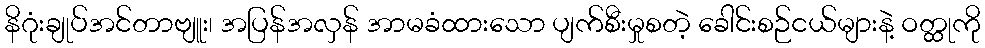
နိဂုံးချုပ်အင်တာဗျူး၊ အပြန်အလှန် အာမခံထားသော ပျက်စီးမှုစတဲ့ ခေါင်းစဉ်ငယ်များနဲ့ ဝတ္ထုကို